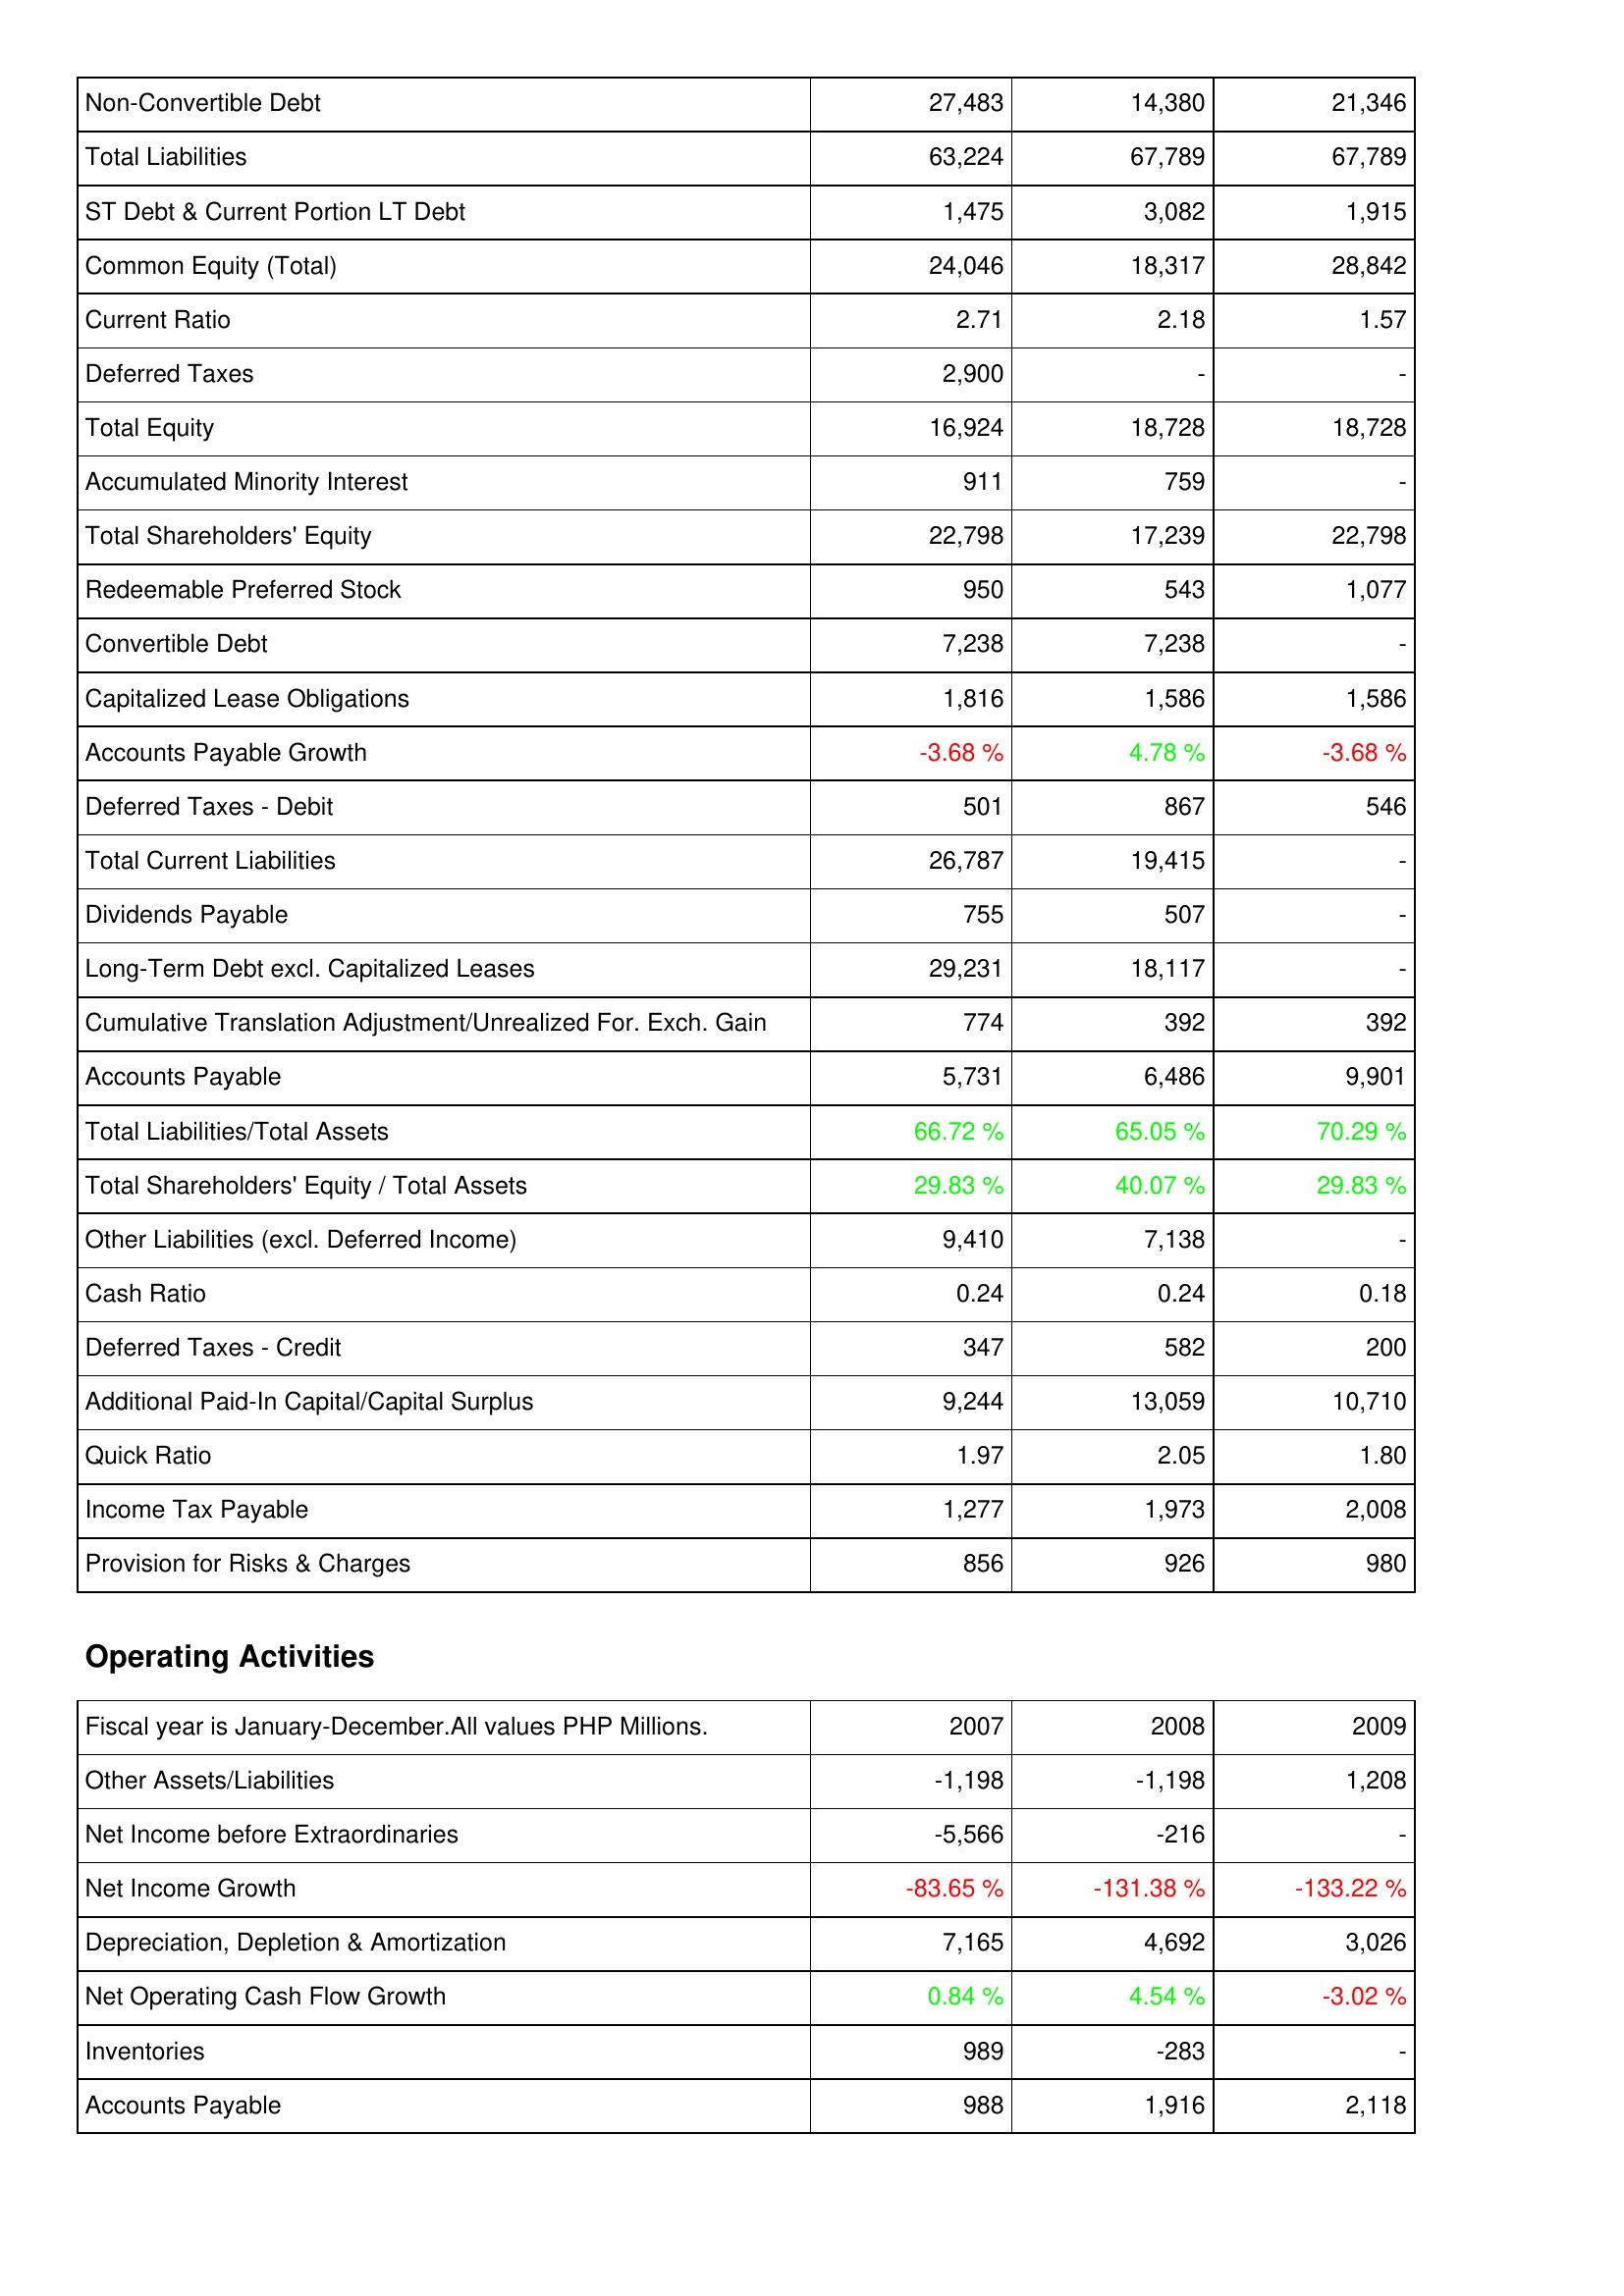
2007: Liabilities & Shareholders' Equity: Non-Convertible Debt: 27,483
Total Liabilities: 63,224
ST Debt & Current Portion LT Debt: 1,475
Common Equity (Total): 24,046
Current Ratio: 2.71
Deferred Taxes: 2,900
Total Equity: 16,924
Accumulated Minority Interest: 911
Total Shareholders' Equity: 22,798
Redeemable Preferred Stock: 950
Convertible Debt: 7,238
Capitalized Lease Obligations: 1,816
Accounts Payable Growth: -3.68 %
Deferred Taxes - Debit: 501
Total Current Liabilities: 26,787
Dividends Payable: 755
Long-Term Debt excl. Capitalized Leases: 29,231
Cumulative Translation Adjustment/Unrealized For. Exch. Gain: 774
Accounts Payable: 5,731
Total Liabilities/Total Assets: 66.72 %
Total Shareholders' Equity / Total Assets: 29.83 %
Other Liabilities (excl. Deferred Income): 9,410
Cash Ratio: 0.24
Deferred Taxes - Credit: 347
Additional Paid-In Capital/Capital Surplus: 9,244
Quick Ratio: 1.97
Income Tax Payable: 1,277
Provision for Risks & Charges: 856
Operating Activities: Other Assets/Liabilities: -1,198
Net Income before Extraordinaries: -5,566
Net Income Growth: -83.65 %
Depreciation, Depletion & Amortization: 7,165
Net Operating Cash Flow Growth: 0.84 %
Inventories: 989
Accounts Payable: 988
2008: Liabilities & Shareholders' Equity: Non-Convertible Debt: 14,380
Total Liabilities: 67,789
ST Debt & Current Portion LT Debt: 3,082
Common Equity (Total): 18,317
Current Ratio: 2.18
Deferred Taxes: -
Total Equity: 18,728
Accumulated Minority Interest: 759
Total Shareholders' Equity: 17,239
Redeemable Preferred Stock: 543
Convertible Debt: 7,238
Capitalized Lease Obligations: 1,586
Accounts Payable Growth: 4.78 %
Deferred Taxes - Debit: 867
Total Current Liabilities: 19,415
Dividends Payable: 507
Long-Term Debt excl. Capitalized Leases: 18,117
Cumulative Translation Adjustment/Unrealized For. Exch. Gain: 392
Accounts Payable: 6,486
Total Liabilities/Total Assets: 65.05 %
Total Shareholders' Equity / Total Assets: 40.07 %
Other Liabilities (excl. Deferred Income): 7,138
Cash Ratio: 0.24
Deferred Taxes - Credit: 582
Additional Paid-In Capital/Capital Surplus: 13,059
Quick Ratio: 2.05
Income Tax Payable: 1,973
Provision for Risks & Charges: 926
Operating Activities: Other Assets/Liabilities: -1,198
Net Income before Extraordinaries: -216
Net Income Growth: -131.38 %
Depreciation, Depletion & Amortization: 4,692
Net Operating Cash Flow Growth: 4.54 %
Inventories: -283
Accounts Payable: 1,916
2009: Liabilities & Shareholders' Equity: Non-Convertible Debt: 21,346
Total Liabilities: 67,789
ST Debt & Current Portion LT Debt: 1,915
Common Equity (Total): 28,842
Current Ratio: 1.57
Deferred Taxes: -
Total Equity: 18,728
Accumulated Minority Interest: -
Total Shareholders' Equity: 22,798
Redeemable Preferred Stock: 1,077
Convertible Debt: -
Capitalized Lease Obligations: 1,586
Accounts Payable Growth: -3.68 %
Deferred Taxes - Debit: 546
Total Current Liabilities: -
Dividends Payable: -
Long-Term Debt excl. Capitalized Leases: -
Cumulative Translation Adjustment/Unrealized For. Exch. Gain: 392
Accounts Payable: 9,901
Total Liabilities/Total Assets: 70.29 %
Total Shareholders' Equity / Total Assets: 29.83 %
Other Liabilities (excl. Deferred Income): -
Cash Ratio: 0.18
Deferred Taxes - Credit: 200
Additional Paid-In Capital/Capital Surplus: 10,710
Quick Ratio: 1.80
Income Tax Payable: 2,008
Provision for Risks & Charges: 980
Operating Activities: Other Assets/Liabilities: 1,208
Net Income before Extraordinaries: -
Net Income Growth: -133.22 %
Depreciation, Depletion & Amortization: 3,026
Net Operating Cash Flow Growth: -3.02 %
Inventories: -
Accounts Payable: 2,118